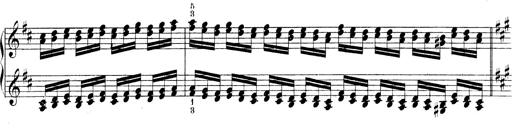
Title: Technische Studien
Composer: Franz Liszt